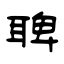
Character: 聛